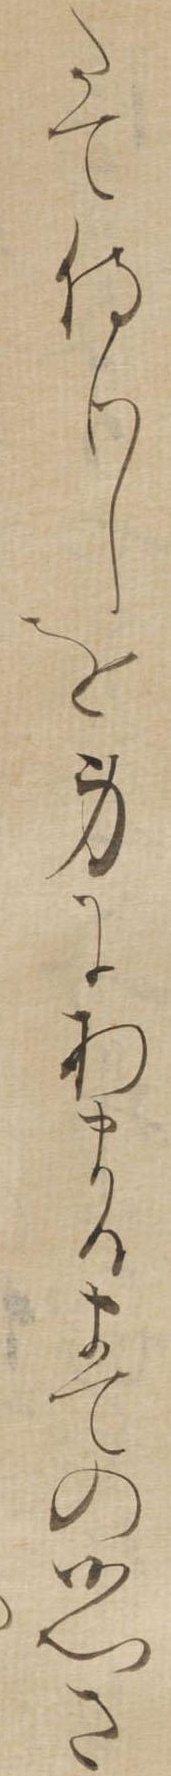
たて侍りしを身にあまるまての御心さ